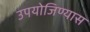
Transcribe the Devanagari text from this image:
उपयोजिण्यास